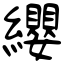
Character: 纓